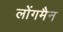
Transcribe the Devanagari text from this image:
लोंगमैन